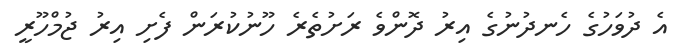
އެ ދުވަހުގެ ހެނދުނުގެ އިރު ދޮންވެ ރަށުތެރެ ހޫނުކުރަން ފެށި އިރު ޖުމްހޫރީ